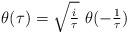
LaTeX: \begin{align*}\theta(\tau) = \sqrt{\tfrac{i}{\tau}} \ \theta( -\tfrac{1}{\tau} )\end{align*}